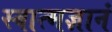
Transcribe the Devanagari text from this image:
स्वात्मज्ञानं